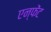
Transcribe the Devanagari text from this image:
एन्फेंट